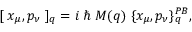
[ \; x _ { \mu } , p _ { \nu } \; ] _ { q } = i \; \hbar \; M ( q ) \; \{ x _ { \mu } , p _ { \nu } \} _ { q } ^ { P B } ,